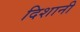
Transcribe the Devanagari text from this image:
दिशानी